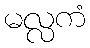
မလ္လကံ